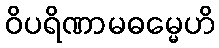
ဝိပရိဏာမဓမ္မေဟိ